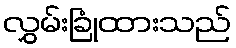
လွှမ်းခြုံထားသည်